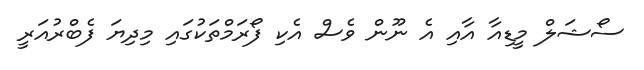
ސޯޝަލް މީޑިއާ އާއި އެ ނޫން ވެސް އެކި ފޯރަމްތަކުގައި މިދިޔަ ފެބްރުއަރީ